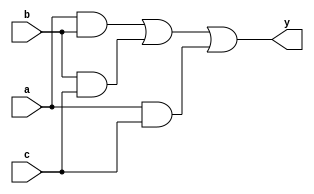
module combinational_logic (
    input wire a,      // First input
    input wire b,      // Second input
    input wire c,      // Third input
    output reg y       // Output
);

// Always block for combinational logic
always @(*) begin
    // Continuous assignment based on the inputs
    y = (a & b) | (b & c) | (a & c); // Example logic: OR of ANDs
end

endmodule